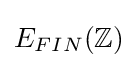
E_{FIN}(\mathbb {Z} )